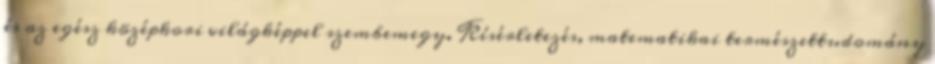
és az egész középkori világképpel szembemegy. Kísérletezés, matematikai természettudomány